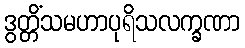
ဒွတ္တိံသမဟာပုရိသလက္ခဏာ